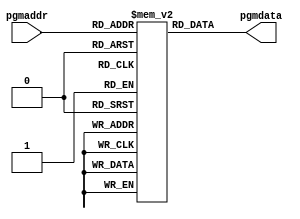
module programmem(input [7:0] pgmaddr, output [7:0] pgmdata);
    reg [7:0] pmemory[255:0];
    assign pgmdata=pmemory[pgmaddr];

    initial
        begin
            pmemory[0]=8'h82;
            pmemory[1]=8'hff;
            pmemory[2]=8'hb8;
				pmemory[3]=8'hb1;
				pmemory[4]=8'h83;
				pmemory[5]=8'h00;
				pmemory[6]=8'hb2;
            pmemory[7]=8'h93;
				pmemory[8]=8'ha1;
				pmemory[9]=8'h00;
    end
endmodule